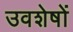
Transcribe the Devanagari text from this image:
उवशेषों